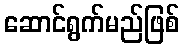
ဆောင်ရွက်မည်ဖြစ်